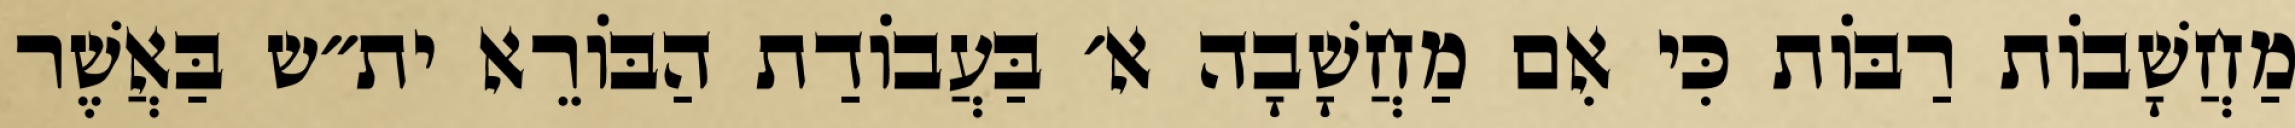
מַחֲשָׁבוֹת רַבּוֹת כִּי אִם מַחֲשָׁבָה א׳ בַּעֲבוֹדַת הַבּוֹרֵא ית״ש בַּאֲשֶׁר